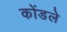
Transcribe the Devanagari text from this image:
कोंडले